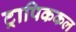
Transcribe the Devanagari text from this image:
ट्रापिककल